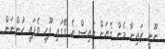
ނޫނީ ޒައިނާ މެން ގެޔަށް އައިސް އެ ގޭގައި ފޫހި ވެފައި ހުންނަން